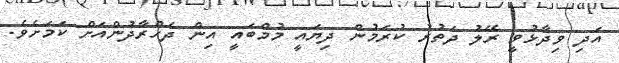
އަދި ވިދާޅުވީ ރޭލު ދަތުރު ކުރަމުން ދިޔައީ މުމްބައީ އިން ދެހްރާދުންއަށް ކަމަށެވެ.